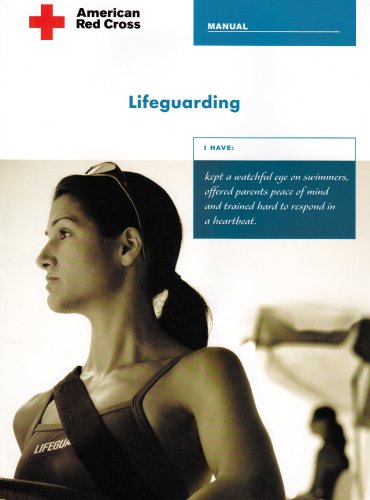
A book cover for Lifeguarding; Staywell; Health, Fitness & Dieting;